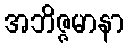
အဘိဇ္ဇမာနာ